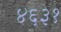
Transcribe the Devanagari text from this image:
४६३१